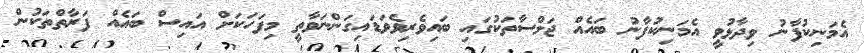
އެމަނިކުފާނު ވިދާޅުވީ އެމަނިކުފާނު ބައެއް ޖަލްސާތަކުގައި ބައިވެރިވެވަޑައިގަންނަވާތީ މިފަހަކަށް އައިސް ބައެއް ފަރާތްތަކުން